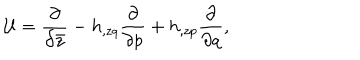
{ \cal U } = { \frac { \partial } { \partial \bar { z } } } - h _ { , z q } { \frac { \partial } { \partial p } } + h _ { , z p } { \frac { \partial } { \partial q } } ,